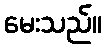
မေးသည်။